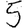
Digit: 5